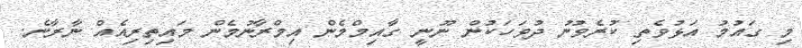
މި ގައުމު އަޅުވެތި ކުރެވުނު ދުވަހަކުން ނޫނީ ގާއިމްމެން އިމްރާނުމެން މައިތިރިއެއް ނާރާނެ.